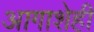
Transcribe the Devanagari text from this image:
आगाशेही